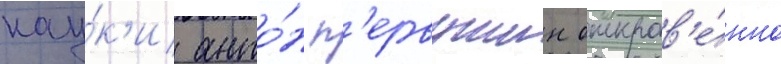
нау́к'и анто́н п'ервушин откров'е́нно